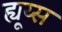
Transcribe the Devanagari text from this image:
ह्यूय्स